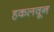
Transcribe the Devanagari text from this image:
हकलवून